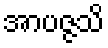
အာပဇ္ဇသိ